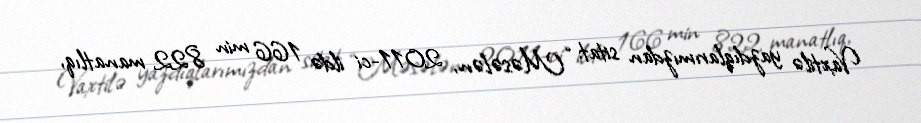
Vaxtilə yazdıqlarımızdan sitat: “Məsələn, 2011-ci ildə 166 min 822 manatlıq,